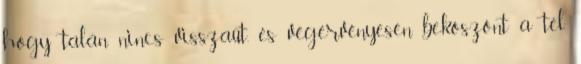
hogy talán nincs visszaút, és végérvényesen beköszönt a tél.